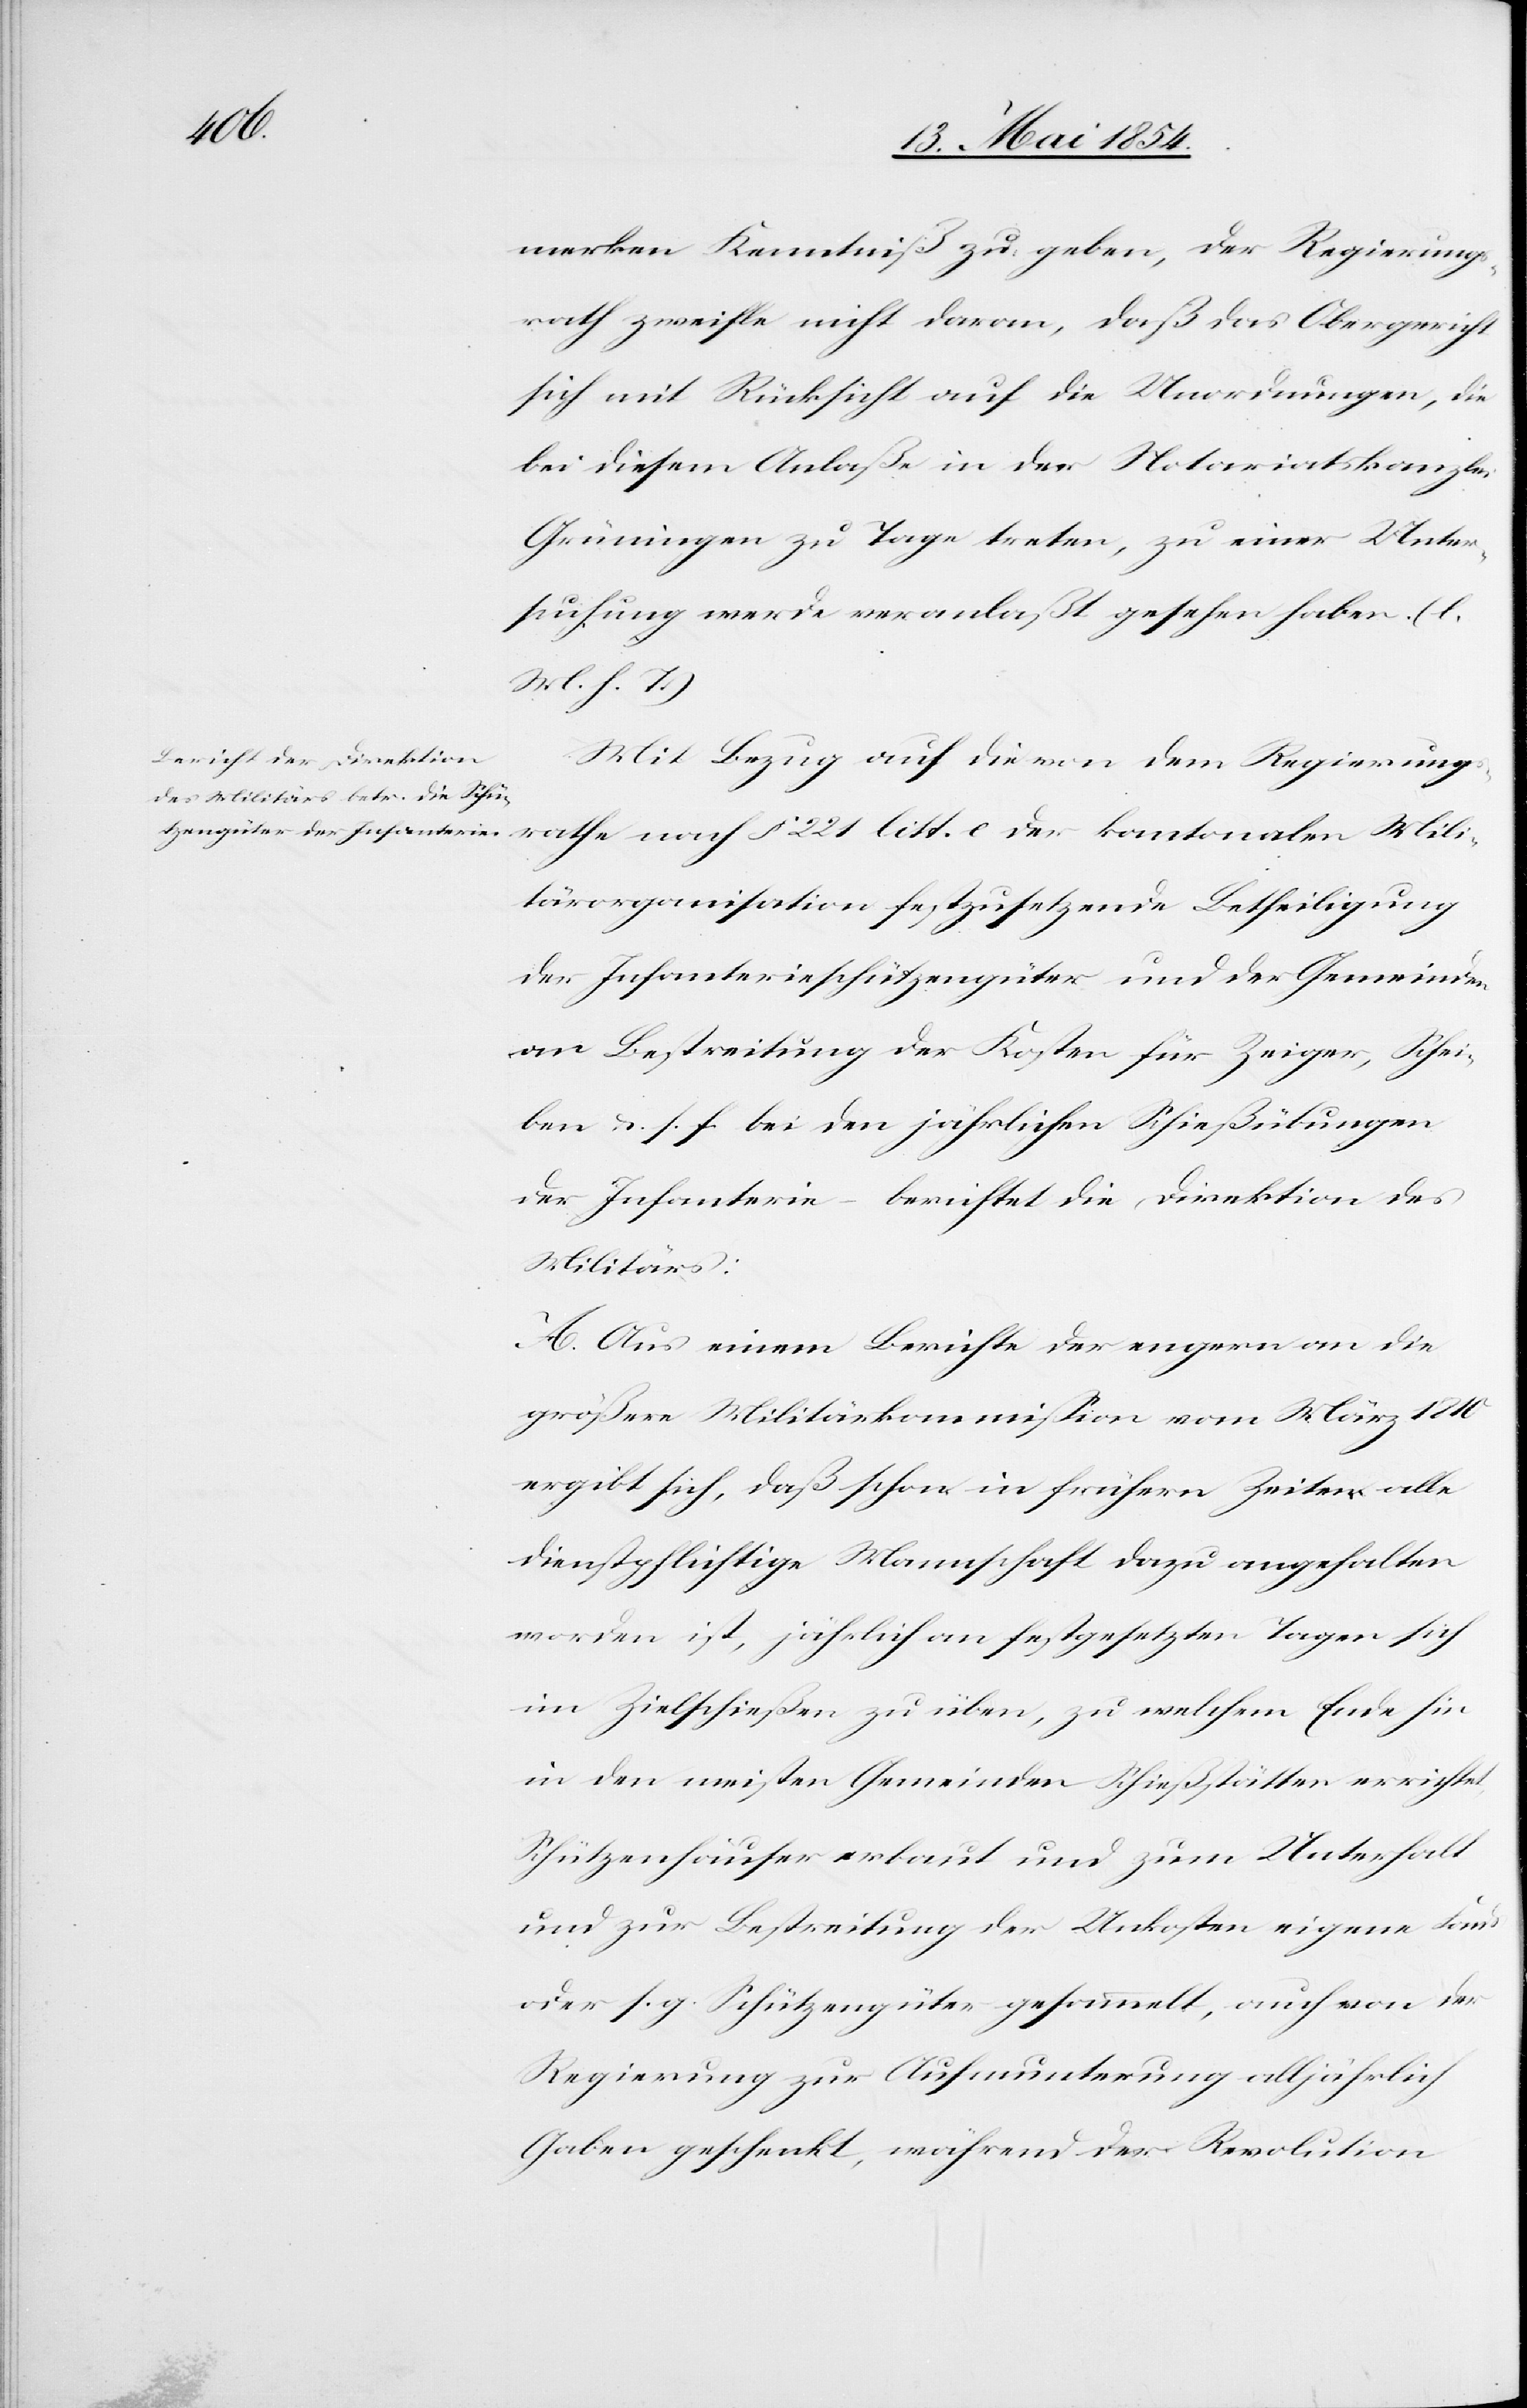
merken Kenntniß zu geben, der Regierungs¬
rath zweifle nicht daran, daß das Obergericht
sich mit Rücksicht auf die Unordnungen, die
bei diesem Anlaße in der Notariatskanzlei
Grüningen zu Tage treten, zu einer Unter¬
suchung werde veranlaßt gesehen haben. (l.
M. h. T.)
Mit Bezug auf die von dem Regierung¬
srathe nach § 221 litt. e der kantonalen Mili¬
tärorganisation festzusetzende Betheiligung
der Infanterieschützengüter und der Gemeinden
an Bestreitung der Kosten für Zeiger, Schei¬
ben u. s. f. bei den jährlichen Schießübungen
der Infanterie – berichtet die Direktion des
Militärs:
A. Aus einem Berichte der engern an die
größere Militärkommißion vom März 1810
ergibt sich, daß schon in frühern Zeiten alle
dienstpflichtige Mannschaft dazu angehalten
worden ist, jährlich an festgesetzten Tagen sich
im Zielschießen zu üben, zu welchem Ende hin
in den meisten Gemeinden Schießstätten errichtet,
Schützenhäuser erbaut und zum Unterhalt
und zur Bestreitung der Unkosten eigene Fond
oder s. g. Schützengüter gesammelt, auch von der
Regierung zur Aufmunterung alljährlich
Gaben geschenkt, während der Revolution